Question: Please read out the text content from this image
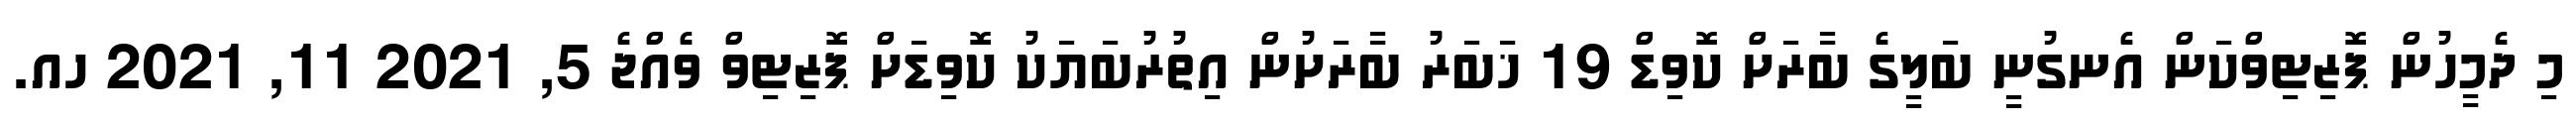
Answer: މި ދެމީހުން ޕޮޒިޓިވްކަން އެނގުނީ ބަލީގެ ބާރަށް ކޮވިޑް 19 ޚަބަރު ބާރަށުން އިތުރުބަޔަކު ކޮވިޑަށް ޕޮޒިޓިވް ވެއްޖެ 5, 2021 11, 2021 ހއ.